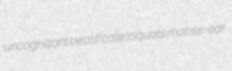
uncognizant beatificate loquats moose-ear